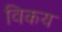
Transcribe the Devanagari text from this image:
विकय